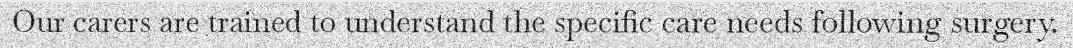
Our carers are trained to understand the specific care needs following surgery.